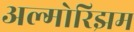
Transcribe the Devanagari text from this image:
अल्गोरिझम